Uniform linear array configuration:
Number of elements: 12
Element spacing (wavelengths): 1
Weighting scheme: kaiser
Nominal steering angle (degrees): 15
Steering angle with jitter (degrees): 15.466
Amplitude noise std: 0.05
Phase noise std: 0.05

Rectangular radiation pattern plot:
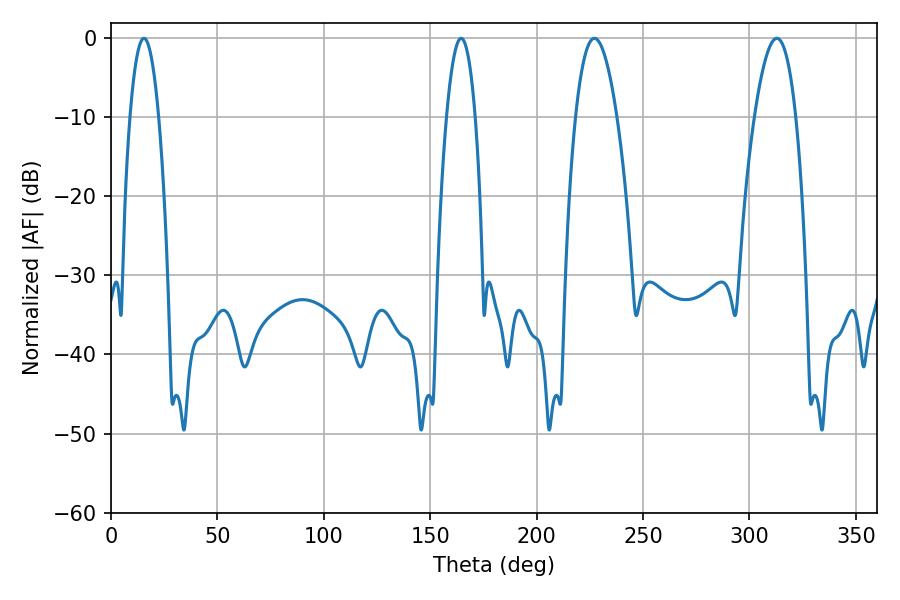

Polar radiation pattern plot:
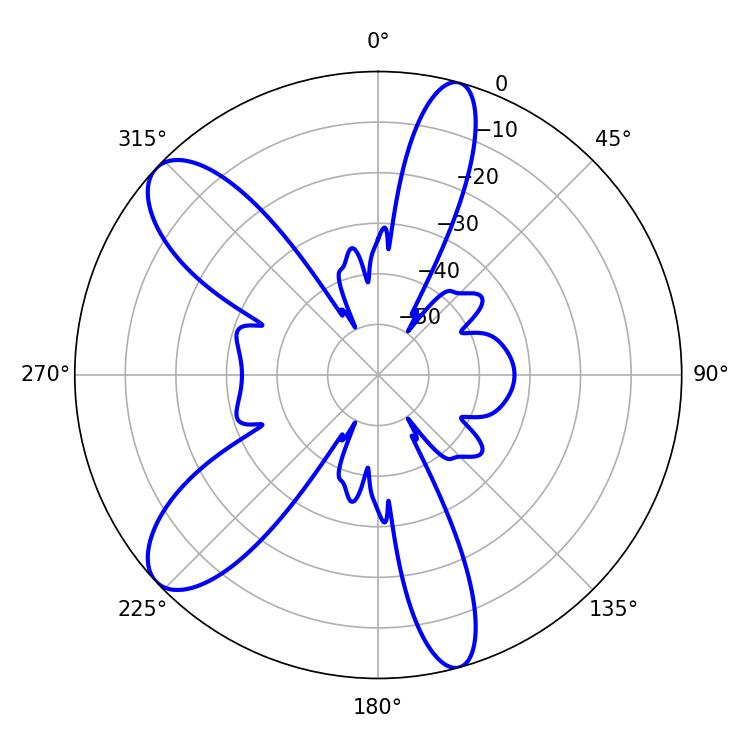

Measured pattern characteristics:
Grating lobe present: TRUE
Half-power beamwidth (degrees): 7.38
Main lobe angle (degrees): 15.48